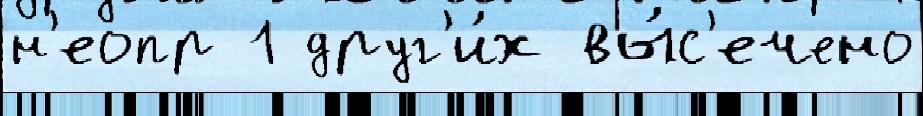
н'еопр 1 друг'и́х вы́с'ечено